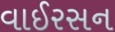
વાઈરસન